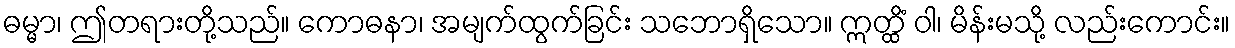
ဓမ္မာ၊ ဤတရားတို့သည်။ ကောဓနာ၊ အမျက်ထွက်ခြင်း သဘောရှိသော။ ဣတ္ထိံ ဝါ၊ မိန်းမသို့ လည်းကောင်း။